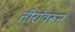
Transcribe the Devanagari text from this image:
तीरांवरून